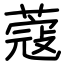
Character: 蔻